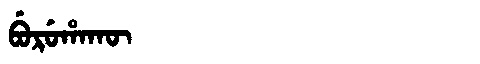
Manchu: ᠪᡠᡵᡠᡥᠠᡴᡡ
Romanization: BURUHAKŪ